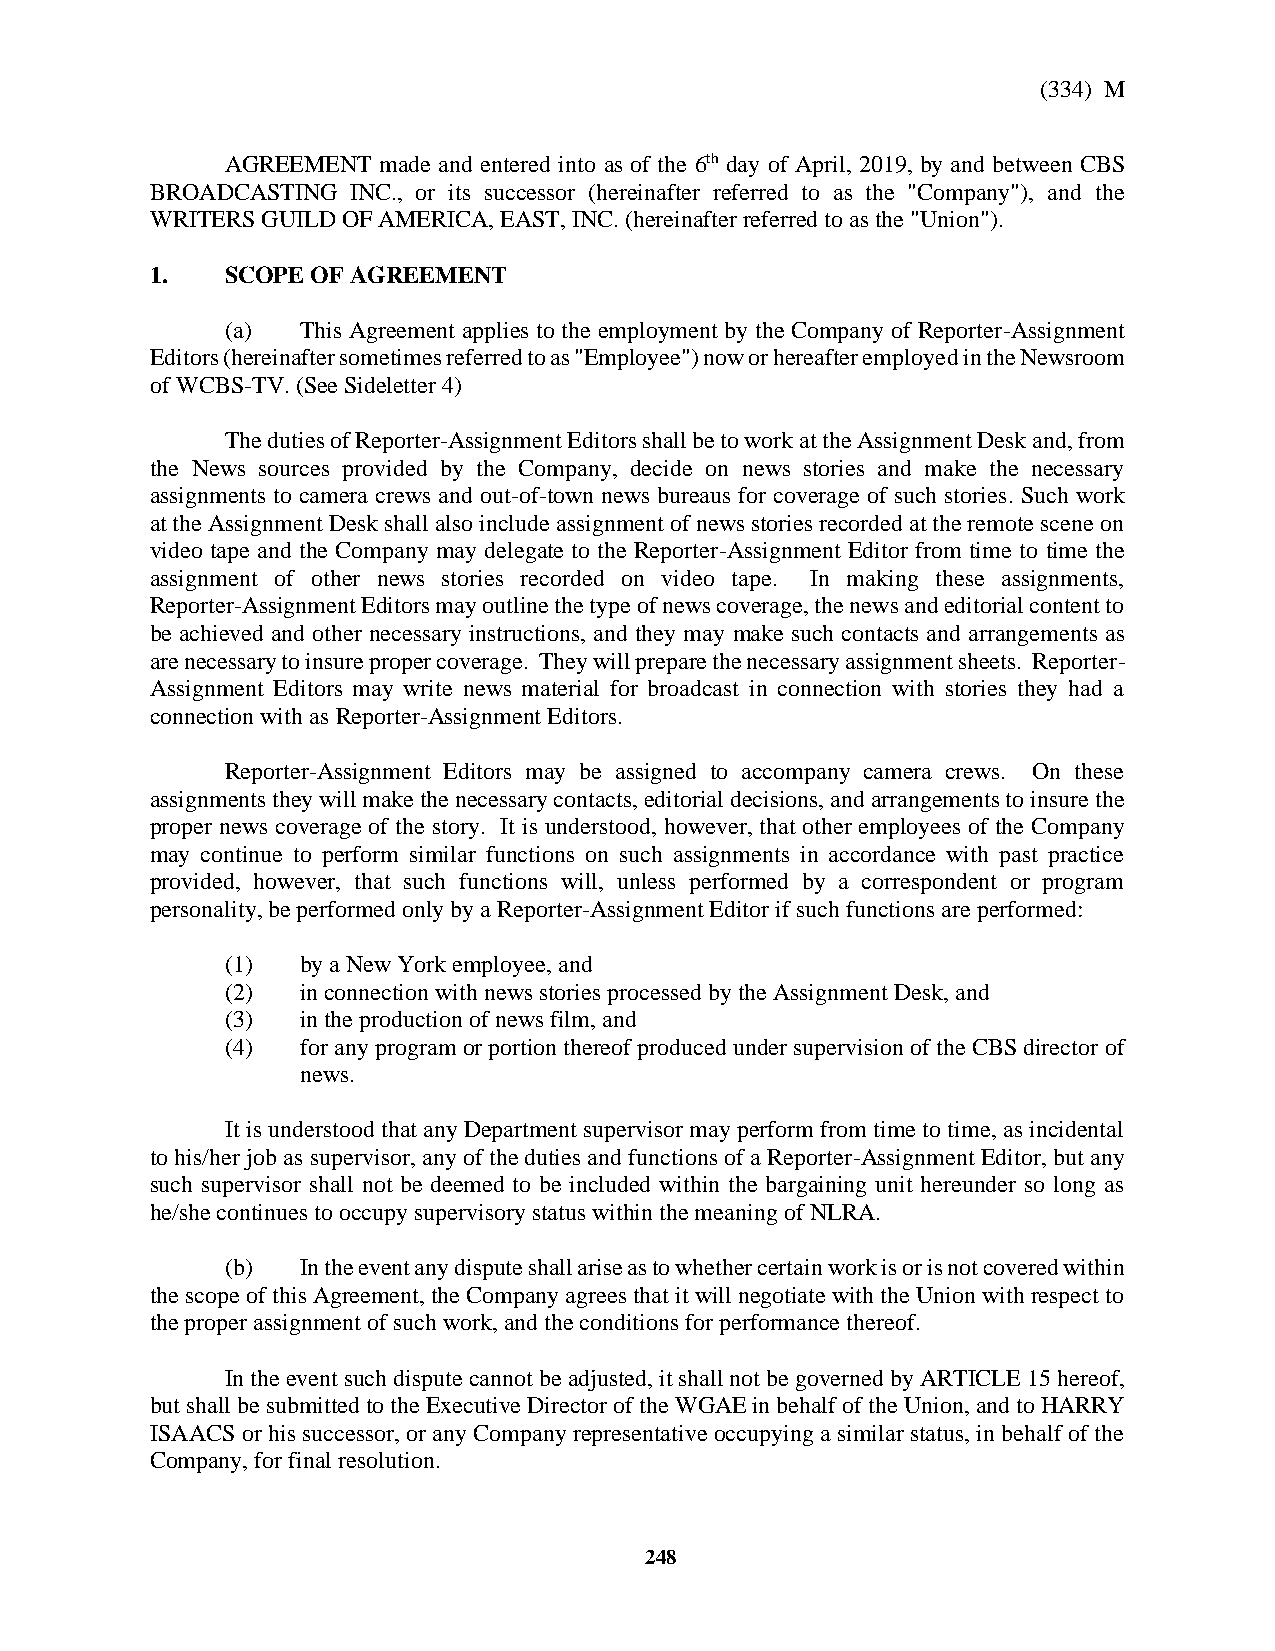
(334) M
 AGREEMENT made and entered into as of the 6th day of April, 2019, by and between CBS
 BROADCASTING INC., or its successor (hereinafter referred to as the "Company"), and the
 WRITERS GUILD OF AMERICA, EAST, INC. (hereinafter referred to as the "Union").
 1.   SCOPE OF AGREEMENT
 (a)  This Agreement applies to the employment by the Company of Reporter-Assignment
 Editors (hereinafter sometimes referred to as "Employee") now or hereafter employed in the Newsroom
 of WCBS-TV. (See Sideletter 4)
 The duties of Reporter-Assignment Editors shall be to work at the Assignment Desk and, from
 the News sources provided by the Company, decide on news stories and make the necessary
 assignments to camera crews and out-of-town news bureaus for coverage of such stories. Such work
 at the Assignment Desk shall also include assignment of news stories recorded at the remote scene on
 video tape and the Company may delegate to the Reporter-Assignment Editor from time to time the
 assignment of other news stories recorded on video tape. In making these assignments,
 Reporter-Assignment Editors may outline the type of news coverage, the news and editorial content to
 be achieved and other necessary instructions, and they may make such contacts and arrangements as
 are necessary to insure proper coverage. They will prepare the necessary assignment sheets. Reporter-
 Assignment Editors may write news material for broadcast in connection with stories they had a
 connection with as Reporter-Assignment Editors.
 Reporter-Assignment Editors may be assigned to accompany camera crews. On these
 assignments they will make the necessary contacts, editorial decisions, and arrangements to insure the
 proper news coverage of the story. It is understood, however, that other employees of the Company
 may continue to perform similar functions on such assignments in accordance with past practice
 provided, however, that such functions will, unless performed by a correspondent or program
 personality, be performed only by a Reporter-Assignment Editor if such functions are performed:
 (1)  by a New York employee, and
 (2)  in connection with news stories processed by the Assignment Desk, and
 (3)  in the production of news film, and
 (4)  for any program or portion thereof produced under supervision of the CBS director of
 news.
 It is understood that any Department supervisor may perform from time to time, as incidental
 to his/her job as supervisor, any of the duties and functions of a Reporter-Assignment Editor, but any
 such supervisor shall not be deemed to be included within the bargaining unit hereunder so long as
 he/she continues to occupy supervisory status within the meaning of NLRA.
 (b)  In the event any dispute shall arise as to whether certain work is or is not covered within
 the scope of this Agreement, the Company agrees that it will negotiate with the Union with respect to
 the proper assignment of such work, and the conditions for performance thereof.
 In the event such dispute cannot be adjusted, it shall not be governed by ARTICLE 15 hereof,
 but shall be submitted to the Executive Director of the WGAE in behalf of the Union, and to HARRY
 ISAACS or his successor, or any Company representative occupying a similar status, in behalf of the
 Company, for final resolution.
 248